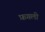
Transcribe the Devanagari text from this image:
फ़गली